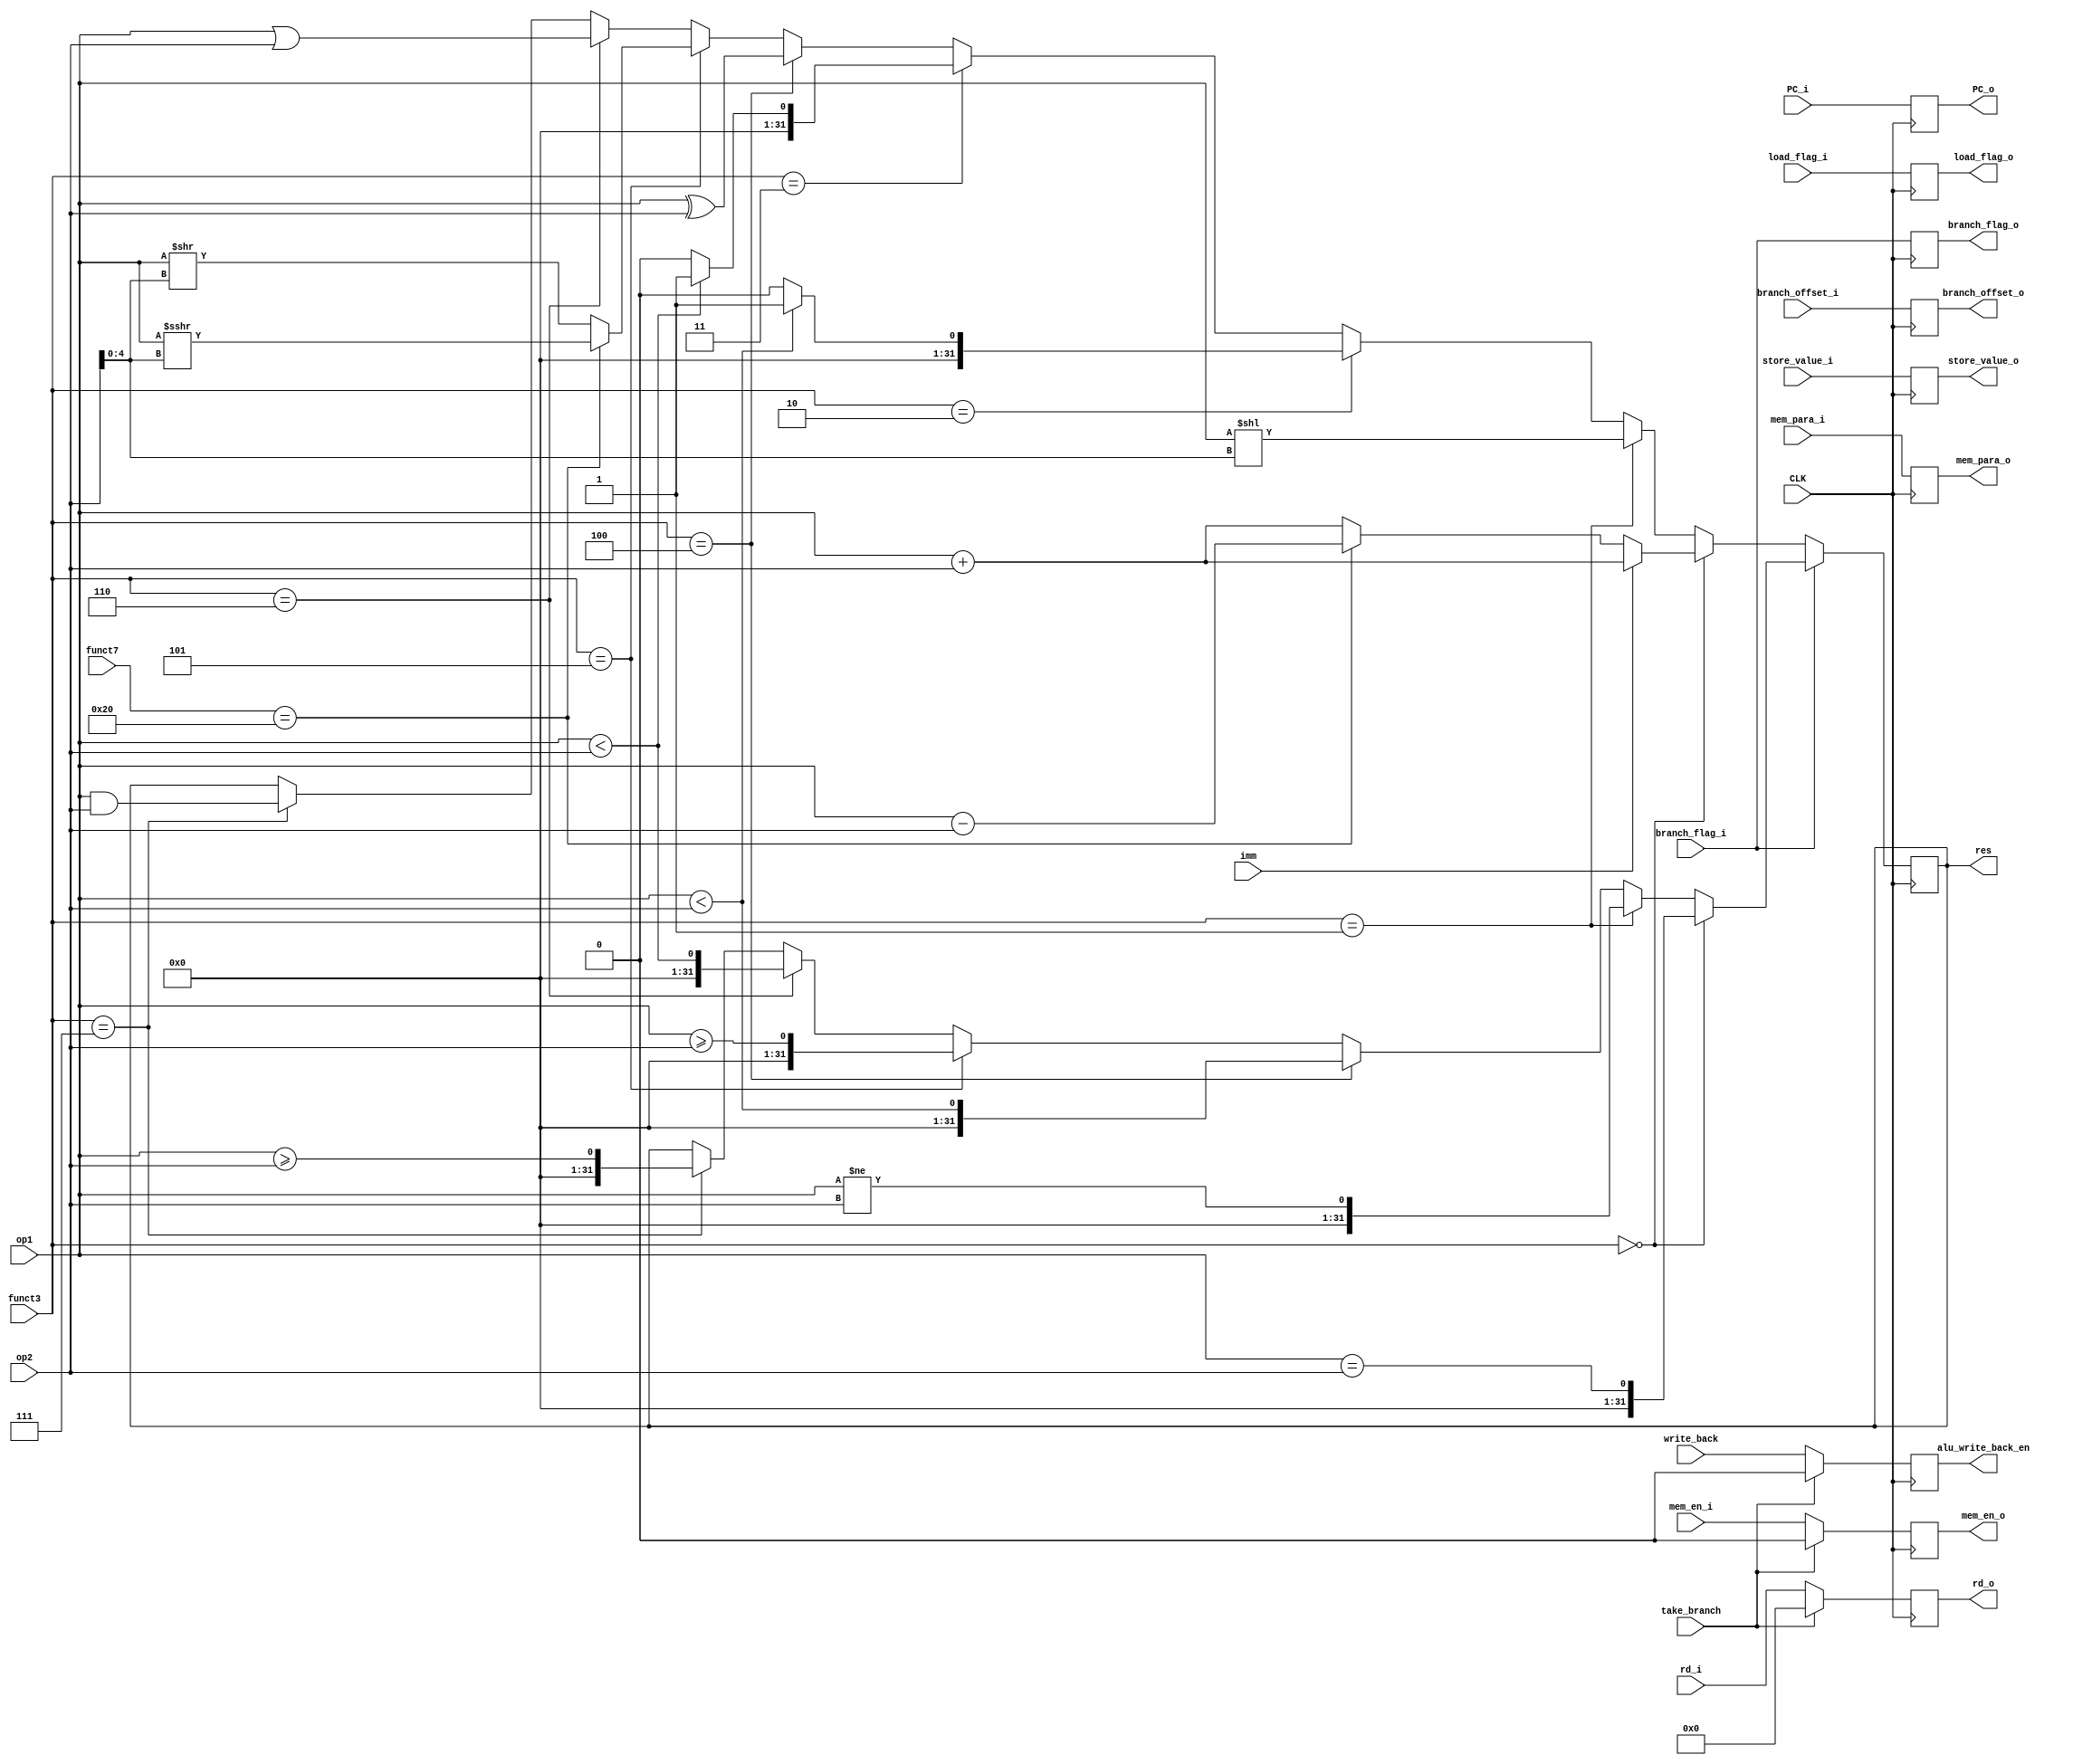
module alu(
    input CLK,
    input imm,
    input [4:0] rd_i,
    input [31:0] op1,
    input [31:0] op2,
    input [2:0] funct3,
    input [2:0] mem_para_i,
    input [6:0] funct7,
    input write_back,
    input load_flag_i,
    input mem_en_i,
    input take_branch,
    input branch_flag_i,
    input [31:0] branch_offset_i,
    input [31:0] PC_i,
    input [31:0] store_value_i,
    // input stall,
    output reg [31:0] res,
    output reg alu_write_back_en,
    output reg [4:0] rd_o,
    output reg load_flag_o,
    output reg mem_en_o,
    output reg branch_flag_o,
    output reg [31:0] branch_offset_o,
    output reg [31:0] PC_o,
    output reg [2:0] mem_para_o,
    output reg [31:0] store_value_o
);

wire [4:0] shift;

assign shift = op2[4:0];

always @ (posedge CLK) begin
    // if(stall) begin
    //     /* addi x0, x0, 0 */
    //     res <= 0;
    //     alu_write_back_en <= 0;
    //     rd_o <= 0;
    //     mem_en_o <= 0;
    // end
    // else begin
    if(!branch_flag_i) begin
        if(funct3 == 3'b000) begin
        /* ADD SUB */
            if(imm) begin
                res <= op1 + op2;
            end
            else begin
                if(funct7 == 7'b0100000) begin
                    res <= op1 - op2;
                end
                else begin
                    res <= op1 + op2;
                end
            end
        end
        else if(funct3 == 3'b001) begin
            /* SLL */
            res <= op1 << shift;
        end
        else if(funct3 == 3'b010) begin
            /* SLT */
            if($signed(op1) < $signed(op2)) begin
                res <= 1;
            end
            else begin
                res <= 0;
            end
        end
        else if(funct3 == 3'b011) begin
            /* SLTU */
            if($unsigned(op1) < $unsigned(op2)) begin
                res <= 1;
            end
            else begin
                res <= 0;
            end
        end
        else if(funct3 == 3'b100) begin
            /* XOR */
            res <= op1 ^ op2;
        end
        else if(funct3 == 3'b101) begin
            if(funct7 == 7'b0100000) begin
                /* SRA */
                res <= $signed(op1) >>> shift;
            end
            else begin
                /* SRL */
                res <= op1 >> shift;
            end
        end
        else if(funct3 == 3'b110) begin
            res <= op1 | op2;
        end
        else if(funct3 == 3'b111) begin
            res <= op1 & op2;
        end
    end
    else begin
        if(funct3 == 3'b000) begin
            /* BEQ */
            res <= {31'b0, op1 == op2};
        end
        else if(funct3 == 3'b001) begin
            /* BNE */
            res <= {31'b0, op1 != op2};
        end
        else if(funct3 == 3'b100) begin
            /* BLT */
            res <= {31'b0, $signed(op1) < $signed(op2)};
        end
        else if(funct3 == 3'b101) begin
            /* BGE */
            res <= {31'b0, $signed(op1) >= $signed(op2)};
        end
        else if(funct3 == 3'b110) begin
            /* BLTU */
            res <= {31'b0, $unsigned(op1) < $unsigned(op2)};
        end
        else if(funct3 == 3'b111) begin
            /* BGEU */
            res <= {31'b0, $unsigned(op1) >= $unsigned(op2)};
        end
    end
    if(take_branch) begin
        alu_write_back_en <= 0;
        rd_o <= 0;
        mem_en_o <= 0;
    end
    else begin
        alu_write_back_en <= write_back;
        rd_o <= rd_i;
        mem_en_o <= mem_en_i;
    end

    load_flag_o <= load_flag_i;
    branch_flag_o <= branch_flag_i;
    branch_offset_o <= branch_offset_i;
    PC_o <= PC_i;
    mem_para_o <= mem_para_i;
    store_value_o <= store_value_i;
    // end
end

endmodule